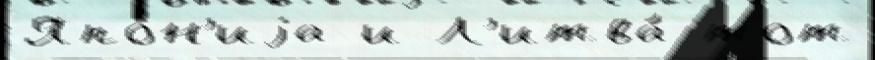
Япо́н'иjа и Л'итва́ тот